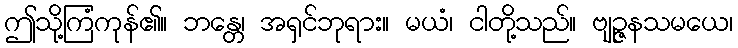
ဤသို့ကြံကုန်၏။ ဘန္တေ၊ အရှင်ဘုရား။ မယံ၊ ငါတို့သည်။ ဗျဉ္ဇနသမယေ၊